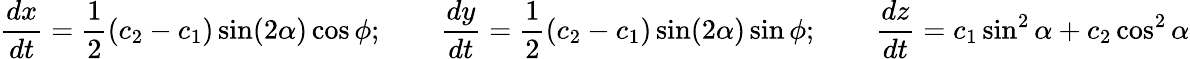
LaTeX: \frac{dx}{dt}=\frac{1}{2}(c_{2}-c_{1})\sin(2\alpha)\cos\phi;\qquad\frac{dy}{dt}=\frac{1}{2}(c_{2}-c_{1})\sin(2\alpha)\sin\phi;\qquad\frac{dz}{dt}=c_{1}\sin^{2}\alpha+c_{2}\cos^{2}\alpha